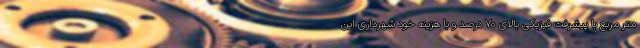
متر مربع با پیشرفت فیزیکی بالای ۷۰ درصد و با هزینه خود شهرداری این